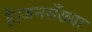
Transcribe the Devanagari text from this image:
है।जनसँख्या